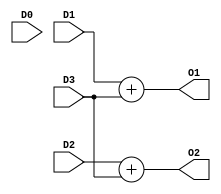
`timescale 1ns / 1ps
//////////////////////////////////////////////////////////////////////////////////

// ID          : N180116
//Branch       : ECE
//Project Name : RTL design using Verilog
//Design  Name : 4 TO 2 ENCODER
//Module  Name : ENCODER_4X2
//RGUKT NUZVID 
//////////////////////////////////////////////////////////////////////////////////


module ENCODER_4x2(D3,D2,D1,D0,O2,O1);
input D3,D2,D1,D0;
output O2,O1;
assign O1=D1+D3;
assign O2=D2+D3;

endmodule